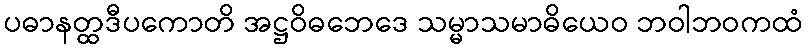
ပဓာနတ္ထဒီပကောတိ အဋ္ဌဝိဓဘေဒေ သမ္မာသမာဓိယေဝ ဘဝါဘဝကထံ